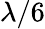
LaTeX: \lambda/6